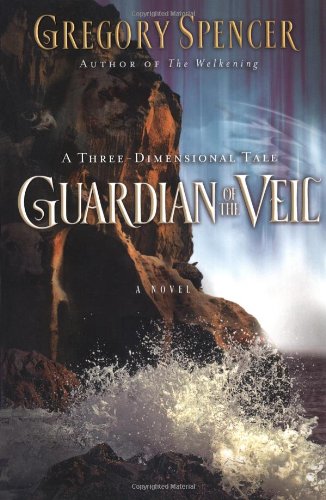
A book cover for Guardian of the Veil: A Three-Dimensional Tale; Gregory Spencer; Religion & Spirituality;